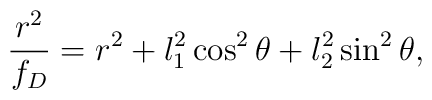
{r^2 \over f_D} = r^2 + l_1^2 \cos^2\theta + l_2^2 \sin^2\theta,